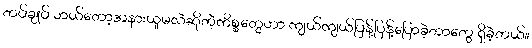
တပ်ချုပ် ဘယ်တော့အနားယူမလဲဆိုတဲ့ကိစ္စတွေဟာ ကျယ်ကျယ်ပြန့်ပြန့်ပြောခဲ့တာတွေ ရှိခဲ့တယ်။